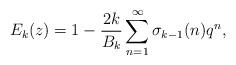
LaTeX: \begin{align*}E_k(z) &= 1 - \frac{2k}{B_k} \sum_{n=1}^\infty \sigma_{k-1}(n) q^n,\end{align*}